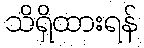
သိရှိထားရန်